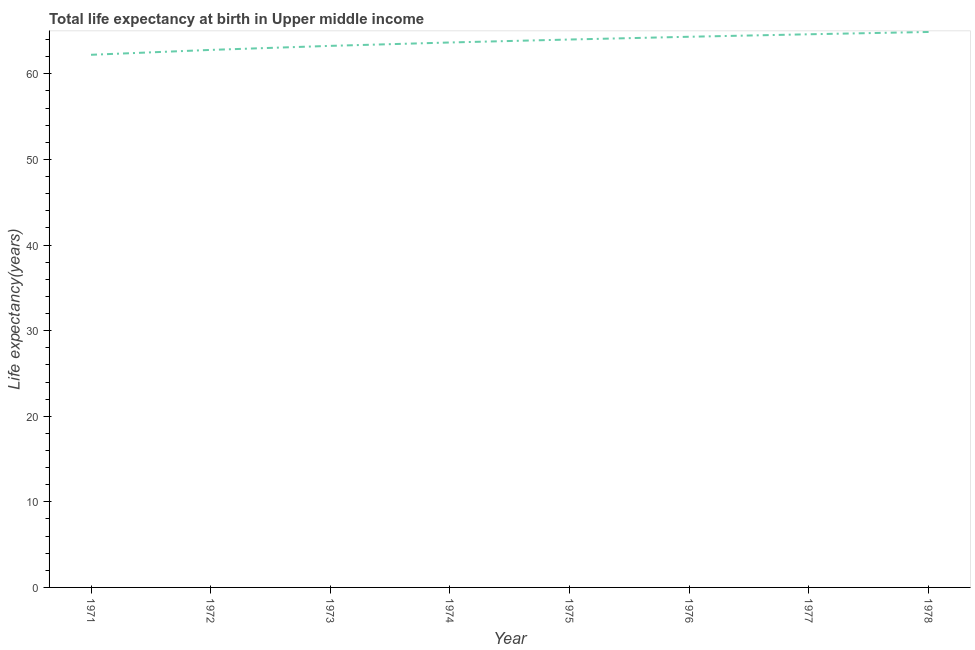
| Year | Life expectancy at birth |
 | --- | --- |
 | 1971 | 62.2 |
 | 1972 | 62.8 |
 | 1973 | 63.3 |
 | 1974 | 63.7 |
 | 1975 | 64 |
 | 1976 | 64.3 |
 | 1977 | 64.6 |
 | 1978 | 64.9 |